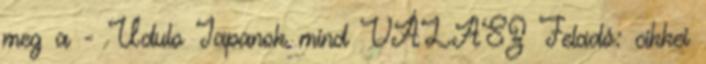
meg a - Udulo Japanok mind VÁLASZ Feladó: cikkei